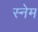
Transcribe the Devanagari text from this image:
स्नेम